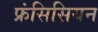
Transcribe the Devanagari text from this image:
फ्रंसिसियन